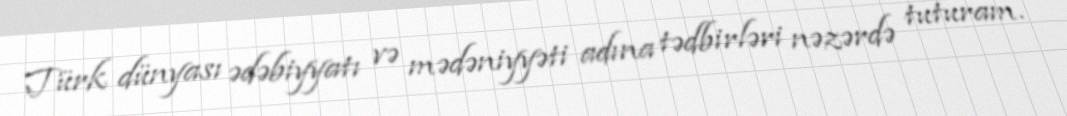
Türk dünyası ədəbiyyatı və mədəniyyəti adına tədbirləri nəzərdə tuturam.